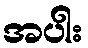
အပါး